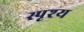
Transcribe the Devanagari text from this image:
स्पृश्‍य